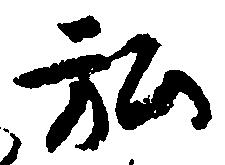
弘